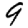
Digit: 9